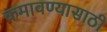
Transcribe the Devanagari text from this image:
कमावण्यासाठी